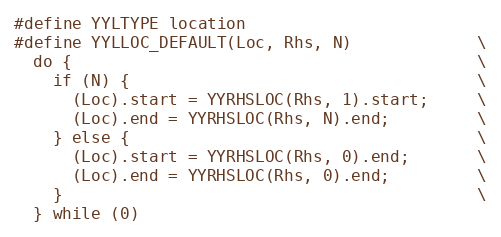
Language: C
#define YYLTYPE location
#define YYLLOC_DEFAULT(Loc, Rhs, N)             \
  do {                                          \
    if (N) {                                    \
      (Loc).start = YYRHSLOC(Rhs, 1).start;     \
      (Loc).end = YYRHSLOC(Rhs, N).end;         \
    } else {                                    \
      (Loc).start = YYRHSLOC(Rhs, 0).end;       \
      (Loc).end = YYRHSLOC(Rhs, 0).end;         \
    }                                           \
  } while (0)